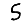
Digit: 5